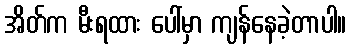
အိတ်က မီးရထား ပေါ်မှာ ကျန်နေခဲ့တာပါ။